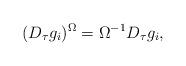
LaTeX: \begin{align*}(D_{\tau}g_{i})^{\Omega}=\Omega^{-1}D_{\tau}g_{i} ,\end{align*}